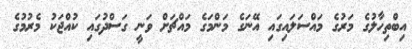
އިބްތިހާލުގެ މަރުގެ މައްސަލައިގައި އޭނަގެ މަންމަގެ މައްޗަށް ވަނީ ގަސްދުގައި ކުއްޖަކު މެރުމުގެ